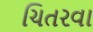
ચિતરવા